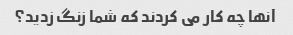
آنها چه کار می کردند که شما زنگ زدید؟